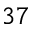
3 7